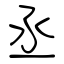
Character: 丞